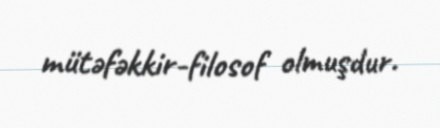
mütəfəkkir-filosof olmuşdur.